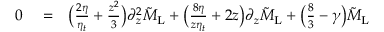
\begin{array} { r l r } { 0 } & { { } = } & { \bigl ( \frac { 2 \eta } { \eta _ { t } } + \frac { z ^ { 2 } } { 3 } \bigl ) \partial _ { z } ^ { 2 } \tilde { M } _ { \mathrm { L } } + \bigl ( \frac { 8 \eta } { z \eta _ { t } } + 2 z \bigl ) \partial _ { z } \tilde { M } _ { \mathrm { L } } + \bigl ( \frac { 8 } { 3 } - \gamma \bigl ) \tilde { M } _ { \mathrm { L } } } \end{array}